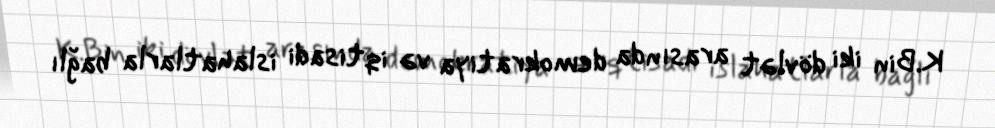
K.Bin iki dövlət arasında demokratiya və iqtisadi islahatlarla bağlı